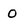
Character: O